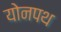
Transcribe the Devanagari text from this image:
योनपथ